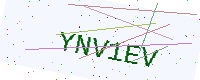
Text: YNV1EV